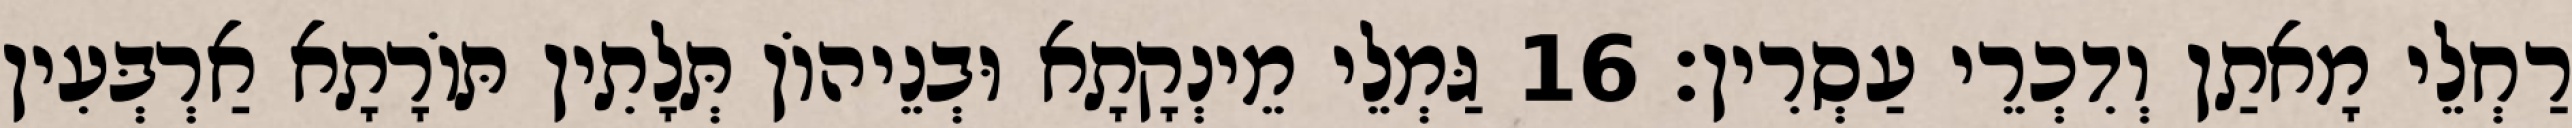
רַחְלֵי מָאתַן וְדִכְרֵי עַסְרִין׃ 16 גַּמְלֵי מֵינְקָתָא וּבְנֵיהוֹן תְּלָתִין תּוֹרָתָא אַרְבְּעִין